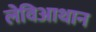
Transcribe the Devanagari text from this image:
लेविआथान